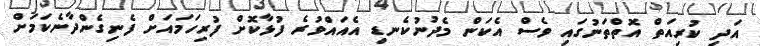
އަދި ކުރިއަތް އޮތްތަނުގައި ވެސް އެކަން މެދުނުކެނޑި އެއައްވުރެ ފުޅާކޮށް ފުރިހަމައަށް ފެނިގެންދާނެކަމަށް